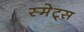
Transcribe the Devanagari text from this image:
स्मेट्स